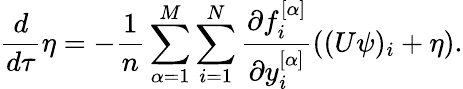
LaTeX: \frac{d}{d\tau}\eta=-\frac{1}{n}\sum_{\alpha=1}^{M}\sum_{i=1}^{N}\frac{\partial f_{i}^{[\alpha]}}{\partial y_{i}^{[\alpha]}}((U\psi)_{i}+\eta).